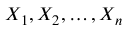
X _ { 1 } , X _ { 2 } , \ldots , X _ { n }